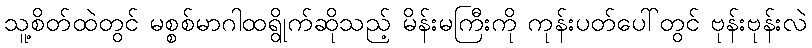
သူ့စိတ်ထဲတွင် မစ္စစ်မာဂါထရွိုက်ဆိုသည့် မိန်းမကြီးကို ကုန်းပတ်ပေါ်တွင် ဗုန်းဗုန်းလဲ